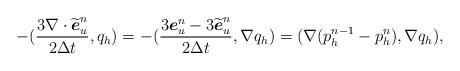
LaTeX: \begin{align*} -(\frac{3\nabla\cdot\widetilde{\boldsymbol{e}}_u^n}{2\Delta t}, q_h)=-(\frac{3\boldsymbol{e}_u^n-3\widetilde{\boldsymbol{e}}_u^n}{2\Delta t}, \nabla q_h)=(\nabla(p_h^{n-1}-p_h^n), \nabla q_h), \end{align*}